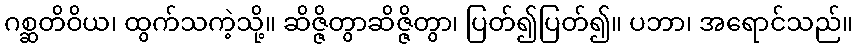
ဂစ္ဆတိဝိယ၊ ထွက်သကဲ့သို့။ ဆိဇ္ဇိတွာဆိဇ္ဇိတွာ၊ ပြတ်၍ပြတ်၍။ ပဘာ၊ အရောင်သည်။